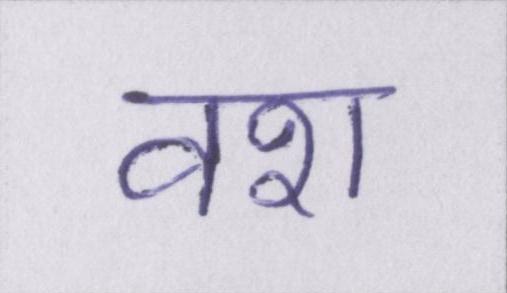
वश